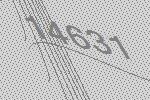
14631